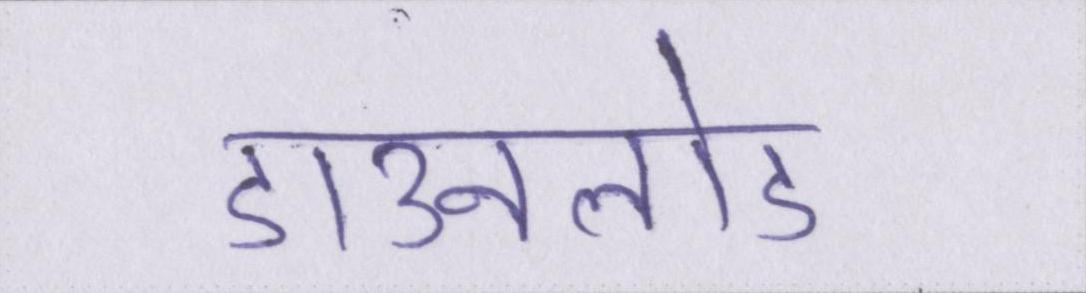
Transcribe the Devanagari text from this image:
डाउनलोड